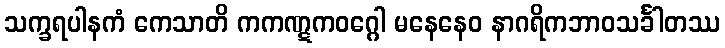
သက္ခရပါနကံ ကေသာတိ ကကဏ္ဋကဝဂ္ဂေါ မနေနေဝ နာဂရိကဘာဝသင်္ခါတဿ